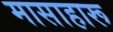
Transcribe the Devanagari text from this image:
मासाहारू